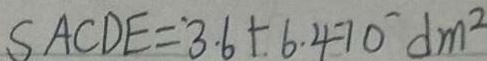
S A C D E = 3 . 6 + 6 . 4 7 0 d m ^ { 2 }